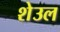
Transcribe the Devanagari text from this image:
शेउल